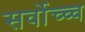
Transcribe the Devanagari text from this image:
सर्वोच्च्च